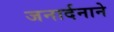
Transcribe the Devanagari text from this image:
जनार्दनाने